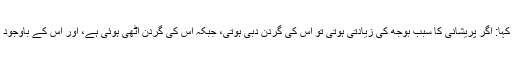
ابن طولون نے کہا: اگر پریشانی کا سبب بوجھ کی زیادتی ہوتی تو اس کی گردن دبی ہوتی، جبکہ اس کی گردن اٹھی ہوئی ہے، اور اس کے باوجود یہ پریشان ہے۔